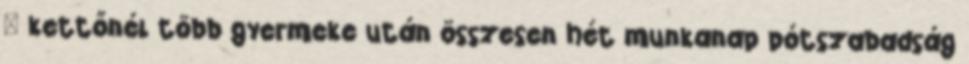
– kettőnél több gyermeke után összesen hét munkanap pótszabadság